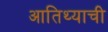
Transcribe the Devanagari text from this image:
आतिथ्याची